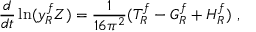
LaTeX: \frac { d } { d t } \ln ( y _ { R } ^ { f } Z ) = \frac { 1 } { 1 6 \pi ^ { 2 } } ( T _ { R } ^ { f } - G _ { R } ^ { f } + H _ { R } ^ { f } ) \ ,